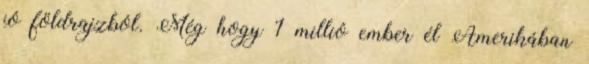
jó földrajzból. Még hogy 1 millió ember él Amerikában